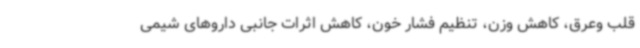
قلب وعرق، کاهش وزن، تنظیم فشار خون، کاهش اثرات جانبی داروهای شیمی